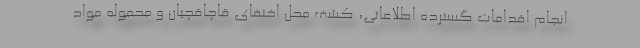
انجام اقدامات گسترده اطلاعاتی، کشف محل اختفای قاچاقچیان و محموله مواد